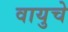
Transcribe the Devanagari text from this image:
वायुचे